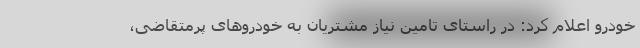
خودرو اعلام کرد: در راستای تامین نیاز مشتریان به خودروهای پرمتقاضی،